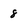
Character: 8